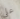
على